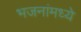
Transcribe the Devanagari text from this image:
भजनांमध्ये